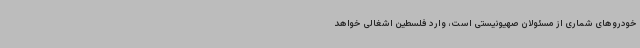
خودروهای شماری از مسئولان صهیونیستی است، وارد فلسطین اشغالی خواهد